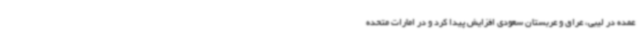
عمده در لیبی، عراق و عربستان سعودی افزایش پیدا کرد و در امارات متحده